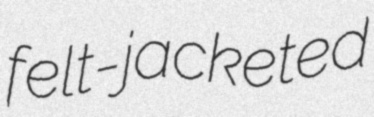
felt-jacketed